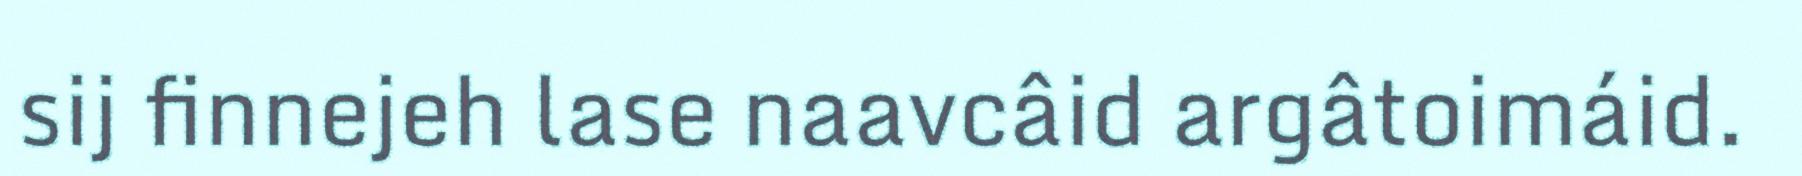
sij finnejeh lase naavcâid argâtoimáid.